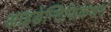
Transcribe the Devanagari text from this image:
आइडेन्टिफिकेशन